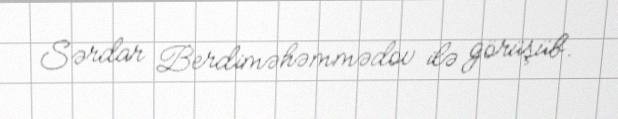
Sərdar Berdiməhəmmədov ilə görüşüb.